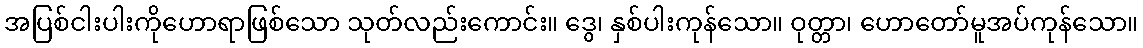
အပြစ်ငါးပါးကိုဟောရာဖြစ်သော သုတ်လည်းကောင်း။ ဒွေ၊ နှစ်ပါးကုန်သော။ ဝုတ္တာ၊ ဟောတော်မူအပ်ကုန်သော။